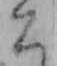
こ